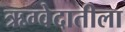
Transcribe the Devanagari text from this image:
ऋग्वेदातीला